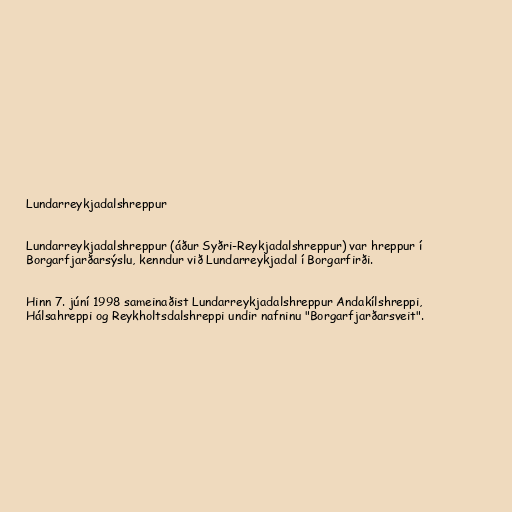
Lundarreykjadalshreppur

Lundarreykjadalshreppur (áður Syðri-Reykjadalshreppur) var hreppur í
Borgarfjarðarsýslu, kenndur við Lundarreykjadal í Borgarfirði.

Hinn 7. júní 1998 sameinaðist Lundarreykjadalshreppur Andakílshreppi,
Hálsahreppi og Reykholtsdalshreppi undir nafninu "Borgarfjarðarsveit".